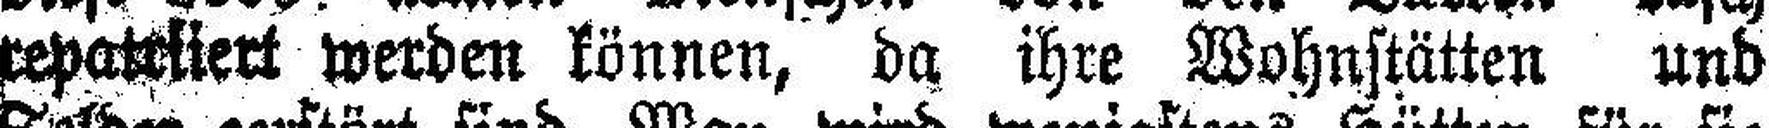
repatrüert werden können, da ihre Wohnstätten und